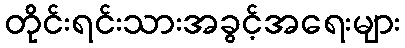
တိုင်းရင်းသားအခွင့်အရေးများ